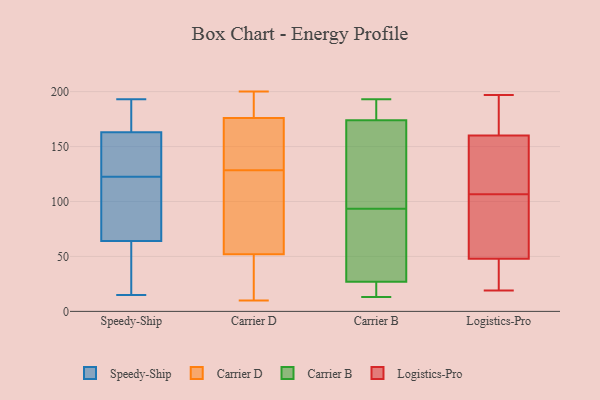
{"axis": {"x": "Bounce Rate (%)", "y": "Value"}, "legend": ["Carrier B", "Carrier D", "Logistics-Pro", "Speedy-Ship"], "data": [{"x": "", "y": 176, "type": "Speedy-Ship"}, {"x": "", "y": 163, "type": "Speedy-Ship"}, {"x": "", "y": 119, "type": "Speedy-Ship"}, {"x": "", "y": 20, "type": "Speedy-Ship"}, {"x": "", "y": 15, "type": "Speedy-Ship"}, {"x": "", "y": 169, "type": "Speedy-Ship"}, {"x": "", "y": 155, "type": "Speedy-Ship"}, {"x": "", "y": 67, "type": "Speedy-Ship"}, {"x": "", "y": 149, "type": "Speedy-Ship"}, {"x": "", "y": 35, "type": "Speedy-Ship"}, {"x": "", "y": 26, "type": "Speedy-Ship"}, {"x": "", "y": 94, "type": "Speedy-Ship"}, {"x": "", "y": 126, "type": "Speedy-Ship"}, {"x": "", "y": 158, "type": "Speedy-Ship"}, {"x": "", "y": 189, "type": "Speedy-Ship"}, {"x": "", "y": 95, "type": "Speedy-Ship"}, {"x": "", "y": 193, "type": "Speedy-Ship"}, {"x": "", "y": 64, "type": "Speedy-Ship"}, {"x": "", "y": 10, "type": "Carrier D"}, {"x": "", "y": 145, "type": "Carrier D"}, {"x": "", "y": 200, "type": "Carrier D"}, {"x": "", "y": 87, "type": "Carrier D"}, {"x": "", "y": 176, "type": "Carrier D"}, {"x": "", "y": 167, "type": "Carrier D"}, {"x": "", "y": 190, "type": "Carrier D"}, {"x": "", "y": 32, "type": "Carrier D"}, {"x": "", "y": 199, "type": "Carrier D"}, {"x": "", "y": 130, "type": "Carrier D"}, {"x": "", "y": 90, "type": "Carrier D"}, {"x": "", "y": 18, "type": "Carrier D"}, {"x": "", "y": 127, "type": "Carrier D"}, {"x": "", "y": 52, "type": "Carrier D"}, {"x": "", "y": 126, "type": "Carrier B"}, {"x": "", "y": 193, "type": "Carrier B"}, {"x": "", "y": 191, "type": "Carrier B"}, {"x": "", "y": 174, "type": "Carrier B"}, {"x": "", "y": 13, "type": "Carrier B"}, {"x": "", "y": 23, "type": "Carrier B"}, {"x": "", "y": 27, "type": "Carrier B"}, {"x": "", "y": 75, "type": "Carrier B"}, {"x": "", "y": 112, "type": "Carrier B"}, {"x": "", "y": 53, "type": "Carrier B"}, {"x": "", "y": 20, "type": "Logistics-Pro"}, {"x": "", "y": 197, "type": "Logistics-Pro"}, {"x": "", "y": 31, "type": "Logistics-Pro"}, {"x": "", "y": 154, "type": "Logistics-Pro"}, {"x": "", "y": 39, "type": "Logistics-Pro"}, {"x": "", "y": 90, "type": "Logistics-Pro"}, {"x": "", "y": 123, "type": "Logistics-Pro"}, {"x": "", "y": 55, "type": "Logistics-Pro"}, {"x": "", "y": 48, "type": "Logistics-Pro"}, {"x": "", "y": 197, "type": "Logistics-Pro"}, {"x": "", "y": 19, "type": "Logistics-Pro"}, {"x": "", "y": 160, "type": "Logistics-Pro"}, {"x": "", "y": 132, "type": "Logistics-Pro"}, {"x": "", "y": 79, "type": "Logistics-Pro"}, {"x": "", "y": 175, "type": "Logistics-Pro"}, {"x": "", "y": 68, "type": "Logistics-Pro"}, {"x": "", "y": 190, "type": "Logistics-Pro"}, {"x": "", "y": 146, "type": "Logistics-Pro"}]}